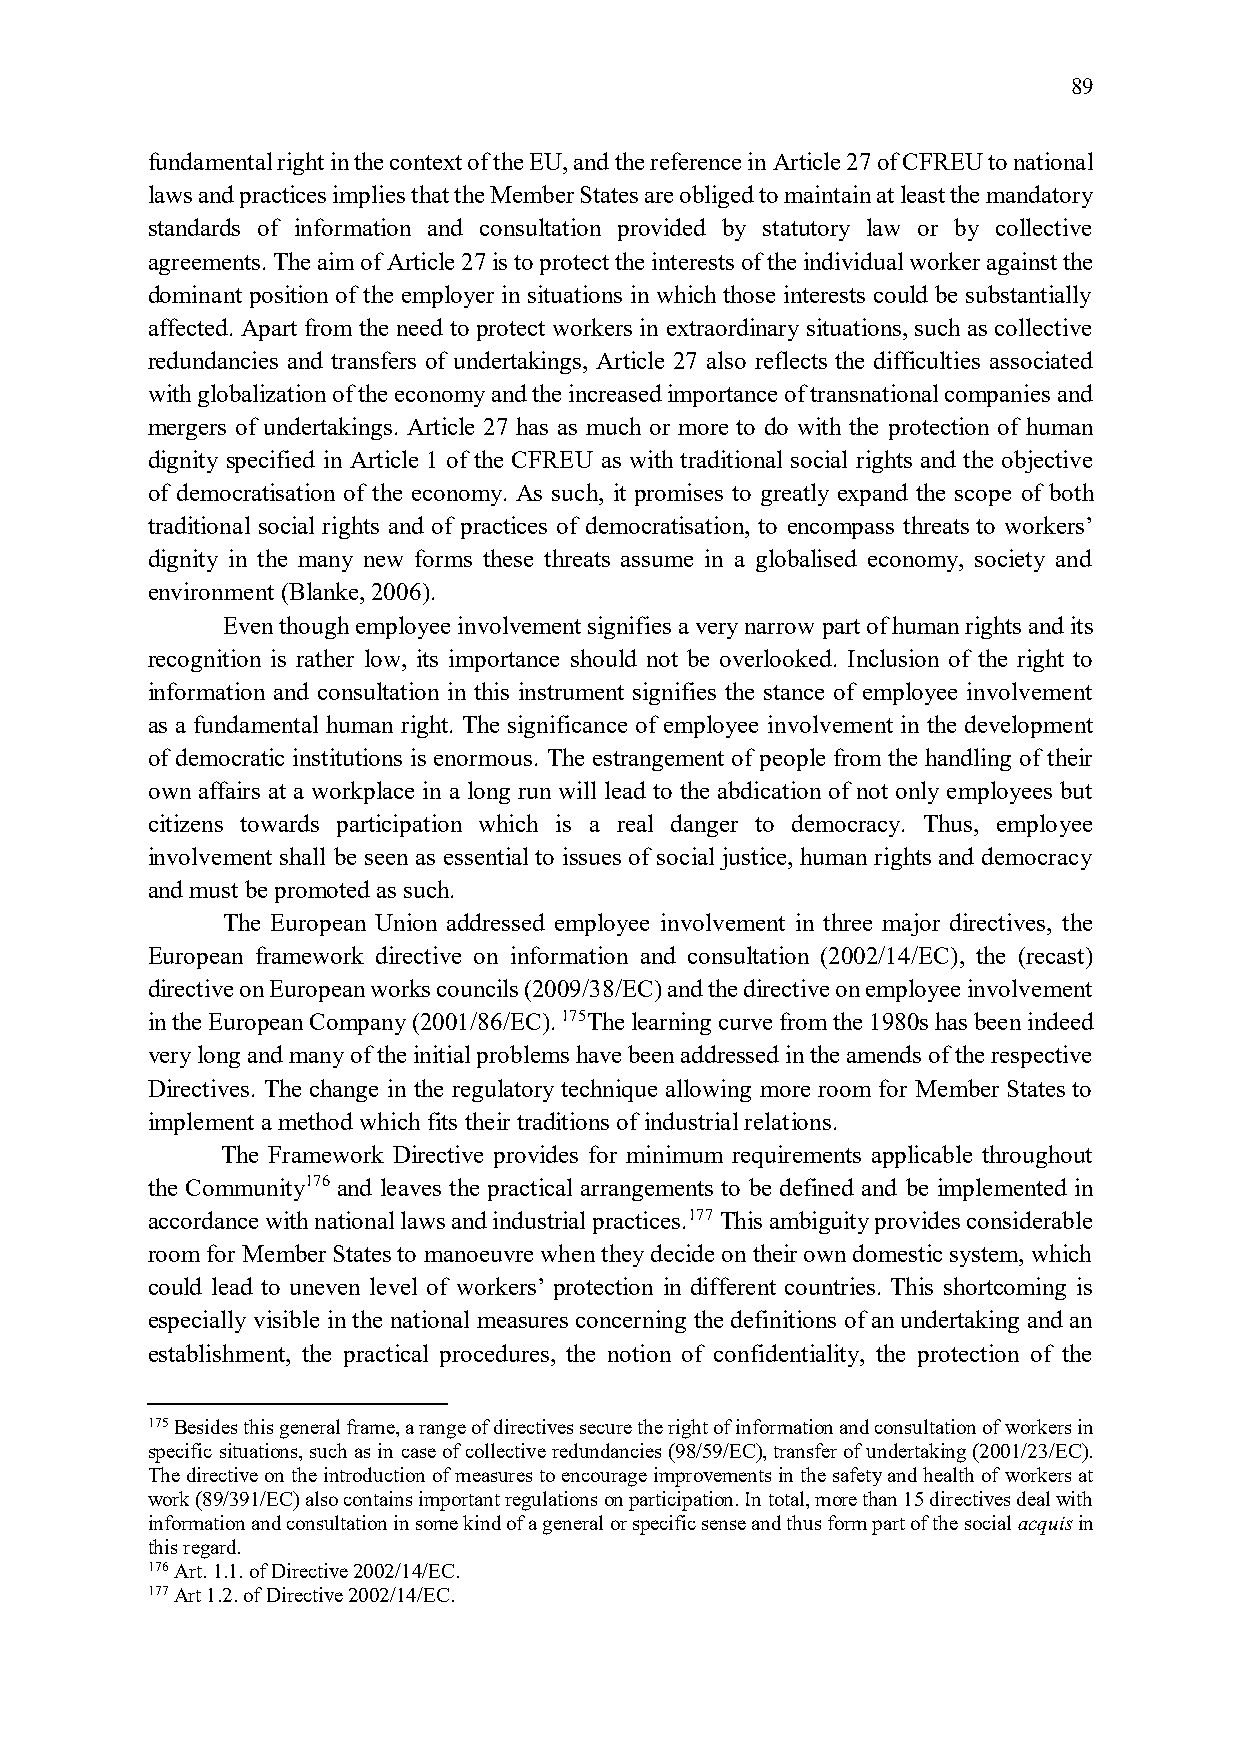
89
 fundamental right in the context of the EU, and the reference in Article 27 of CFREU to national
 laws and practices implies that the Member States are obliged to maintain at least the mandatory
 standards of information and consultation provided by statutory law or by collective
 agreements. The aim of Article 27 is to protect the interests of the individual worker against the
 dominant position of the employer in situations in which those interests could be substantially
 affected. Apart from the need to protect workers in extraordinary situations, such as collective
 redundancies and transfers of undertakings, Article 27 also reflects the difficulties associated
 with globalization of the economy and the increased importance of transnational companies and
 mergers of undertakings. Article 27 has as much or more to do with the protection of human
 dignity specified in Article 1 of the CFREU as with traditional social rights and the objective
 of democratisation of the economy. As such, it promises to greatly expand the scope of both
 traditional social rights and of practices of democratisation, to encompass threats to workers’
 dignity in the many new forms these threats assume in a globalised economy, society and
 environment (Blanke, 2006).
 Even though employee involvement signifies a very narrow part of human rights and its
 recognition is rather low, its importance should not be overlooked. Inclusion of the right to
 information and consultation in this instrument signifies the stance of employee involvement
 as a fundamental human right. The significance of employee involvement in the development
 of democratic institutions is enormous. The estrangement of people from the handling of their
 own affairs at a workplace in a long run will lead to the abdication of not only employees but
 citizens towards participation which is a real danger to democracy. Thus, employee
 involvement shall be seen as essential to issues of social justice, human rights and democracy
 and must be promoted as such.
 The European Union addressed employee involvement in three major directives, the
 European framework directive on information and consultation (2002/14/EC), the (recast)
 directive on European works councils (2009/38/EC) and the directive on employee involvement
 in the European Company (2001/86/EC). 175The learning curve from the 1980s has been indeed
 very long and many of the initial problems have been addressed in the amends of the respective
 Directives. The change in the regulatory technique allowing more room for Member States to
 implement a method which fits their traditions of industrial relations.
 The Framework Directive provides for minimum requirements applicable throughout
 the Community176 and leaves the practical arrangements to be defined and be implemented in
 accordance with national laws and industrial practices.177 This ambiguity provides considerable
 room for Member States to manoeuvre when they decide on their own domestic system, which
 could lead to uneven level of workers’ protection in different countries. This shortcoming is
 especially visible in the national measures concerning the definitions of an undertaking and an
 establishment, the practical procedures, the notion of confidentiality, the protection of the
 175 Besides this general frame, a range of directives secure the right of information and consultation of workers in
 specific situations, such as in case of collective redundancies (98/59/EC), transfer of undertaking (2001/23/EC).
 The directive on the introduction of measures to encourage improvements in the safety and health of workers at
 work (89/391/EC) also contains important regulations on participation. In total, more than 15 directives deal with
 information and consultation in some kind of a general or specific sense and thus form part of the social acquis in
 this regard.
 176 Art. 1.1. of Directive 2002/14/EC.
 177 Art 1.2. of Directive 2002/14/EC.